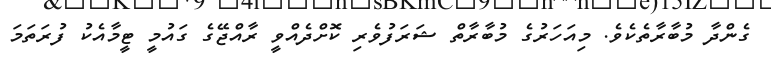
ގެންދާ މުބާރާތެކެވެ. މިއަހަރުގެ މުބާރާތް ޝަރަފުވެރި ކޮށްދެއްވީ ރާއްޖޭގެ ގައުމީ ޓީމާއެކު ފުރަތަމަ